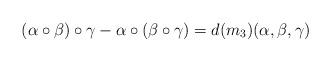
LaTeX: \begin{align*} (\alpha\circ\beta)\circ \gamma-\alpha\circ (\beta\circ \gamma)=d(m_3) (\alpha,\beta,\gamma) \end{align*}